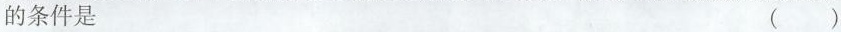
条件是___（）